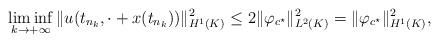
LaTeX: \begin{align*}\liminf_{k\to+\infty}\Vert u(t_{n_k},\cdot+x(t_{n_k}))\Vert_{H^1(K)}^2\leq2\Vert \varphi_{c^\star}\Vert_{L^2(K)}^2=\Vert \varphi_{c^\star}\Vert_{H^1(K)}^2,\end{align*}